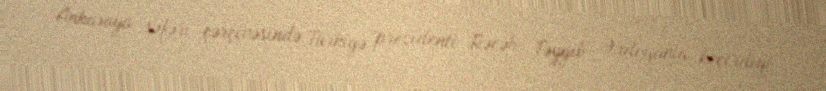
Ankaraya səfəri çərçivəsində Türkiyə prezidenti Rəcəb Təyyib Ərdoğanla keçirdiyi